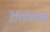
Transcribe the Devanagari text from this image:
टेरिडोस्पर्म्स